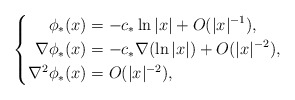
\begin{align*}\left\{\aligned\phi_* (x) & =-c_* \ln |x| + O(|x|^{-1}),\\\nabla \phi_* (x) & = -c_* \nabla (\ln |x|) + O(|x|^{-2}) ,\\\nabla^2 \phi_* (x) & = O(|x|^{-2}),\endaligned\right.\end{align*}